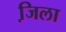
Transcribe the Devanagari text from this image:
जि़ला